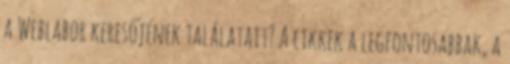
a Weblabor keresőjének találatait? A cikkek a legfontosabbak, a